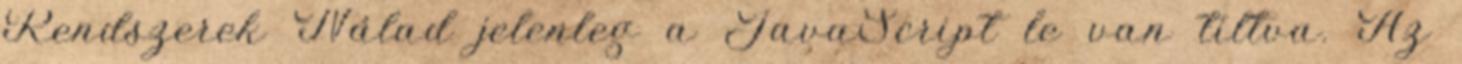
Rendszerek Nálad jelenleg a JavaScript le van tiltva. Az